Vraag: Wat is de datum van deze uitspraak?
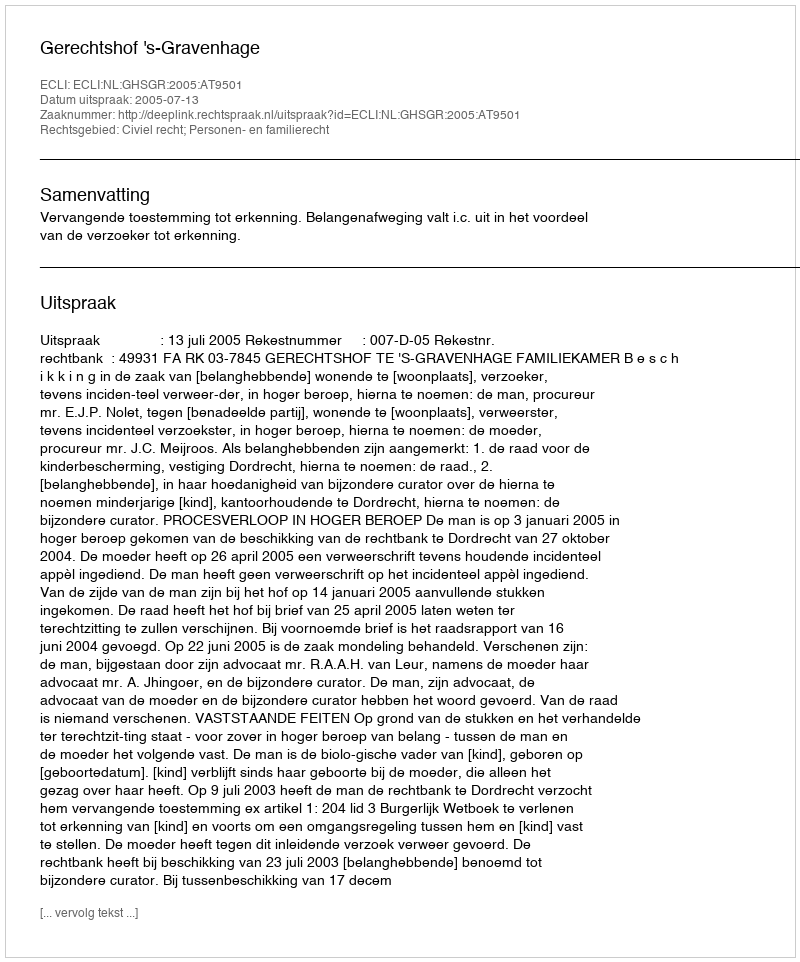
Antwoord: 2005-07-13